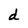
Character: d